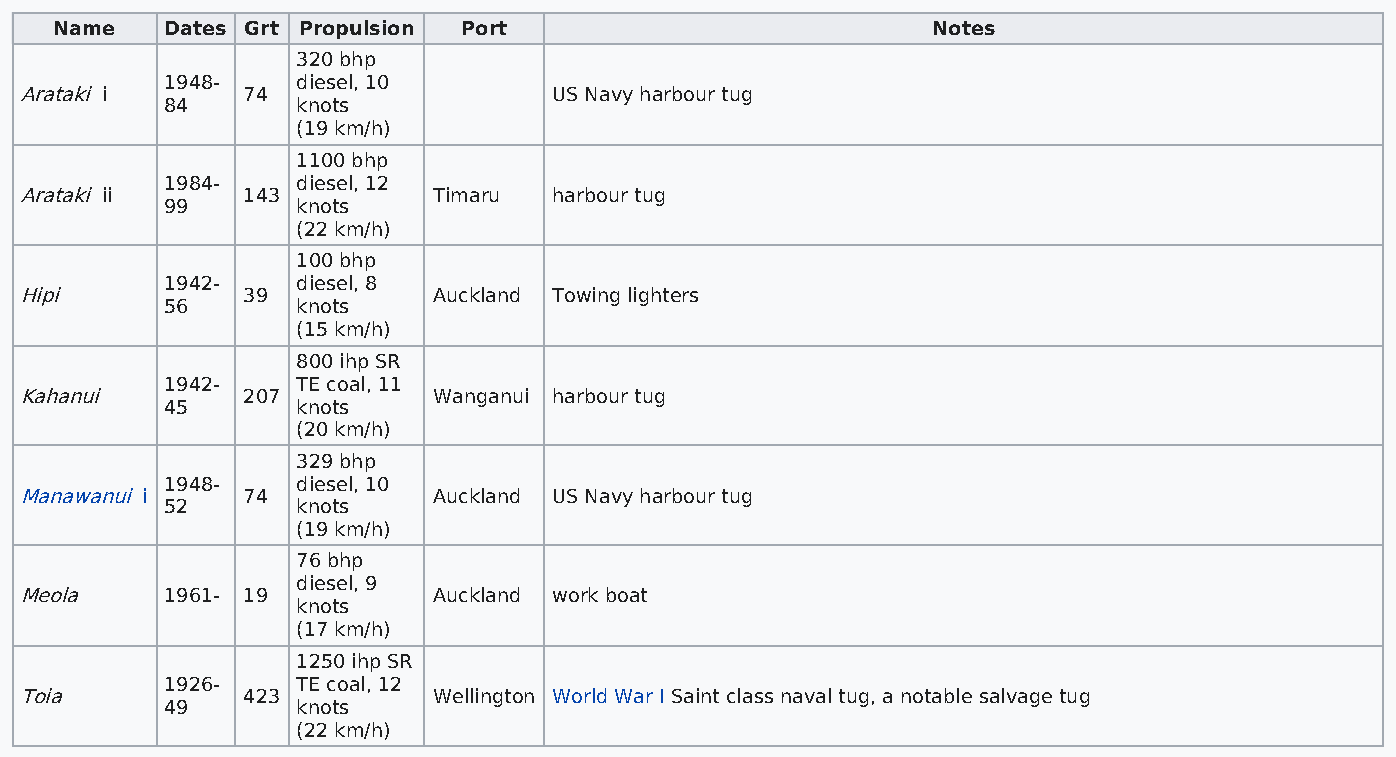
Name   Dates Grt Propulsion Port                          Notes
 320 bhp
 1948-    diesel, 10
 Arataki i      74                   US Navy harbour tug
 84       knots
 (19 km/h)
 1100 bhp
 1984-    diesel, 12
 Arataki ii     143          Timaru  harbour tug
 99       knots
 (22 km/h)
 100 bhp
 1942-    diesel, 8
 Hipi           39           Auckland Towing lighters
 56       knots
 (15 km/h)
 800 ihp SR
 1942-    TE coal, 11
 Kahanui        207          Wanganui harbour tug
 45       knots
 (20 km/h)
 329 bhp
 1948-    diesel, 10
 Manawanui i    74           Auckland US Navy harbour tug
 52       knots
 (19 km/h)
 76 bhp
 diesel, 9
 Meola     1961- 19          Auckland work boat
 knots
 (17 km/h)
 1250 ihp SR
 1926-    TE coal, 12
 Toia           423          Wellington World War I Saint class naval tug, a notable salvage tug
 49       knots
 (22 km/h)